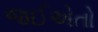
જઈએતો